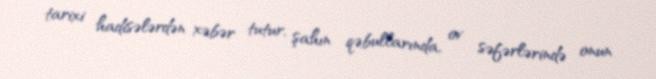
tarixi hadisələrdən xəbər tutur, şahın qəbullarında, ov səfərlərində onun